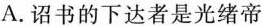
A.诏书的下达者是光绪帝